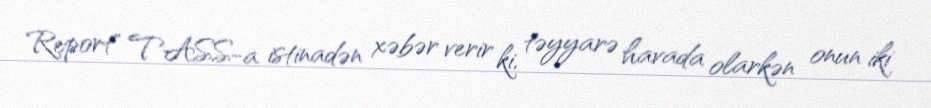
Report" TASS-a istinadən xəbər verir ki, təyyarə havada olarkən onun iki